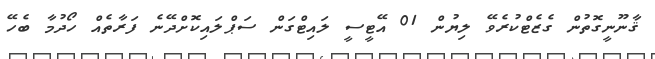
ޤާނޫނީގޮތުން ގެޒެޓްކުރެވޭ ލިޔުން 01 އޭޓީސީ ލައިޓްގަން ސަޕްލައިކޮށްދޭނެ ފަރާތެއް ހޯދުމާ ބެހޭ